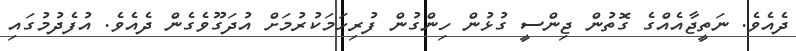
ދެއެވެ. ނަތީޖާއެއްގެ ގޮތުން ޖިންސީ ގުޅުން ހިންގުން ފުރިހަމަކުރުމަށް އުދަގޫވެގެން ދެއެވެ. އުފެދުމުގައި